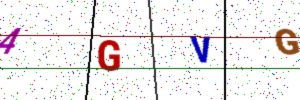
Text: 4GVG